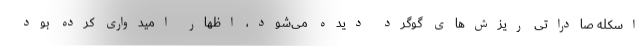
اسکله صادراتی ریزش‌های گوگرد دیده می‌شود، اظهار امیدواری کرده بود